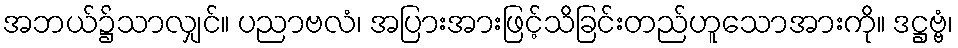
အဘယ်၌သာလျှင်။ ပညာဗလံ၊ အပြားအားဖြင့်သိခြင်းတည်ဟူသောအားကို။ ဒဋ္ဌဗ္ဗံ၊